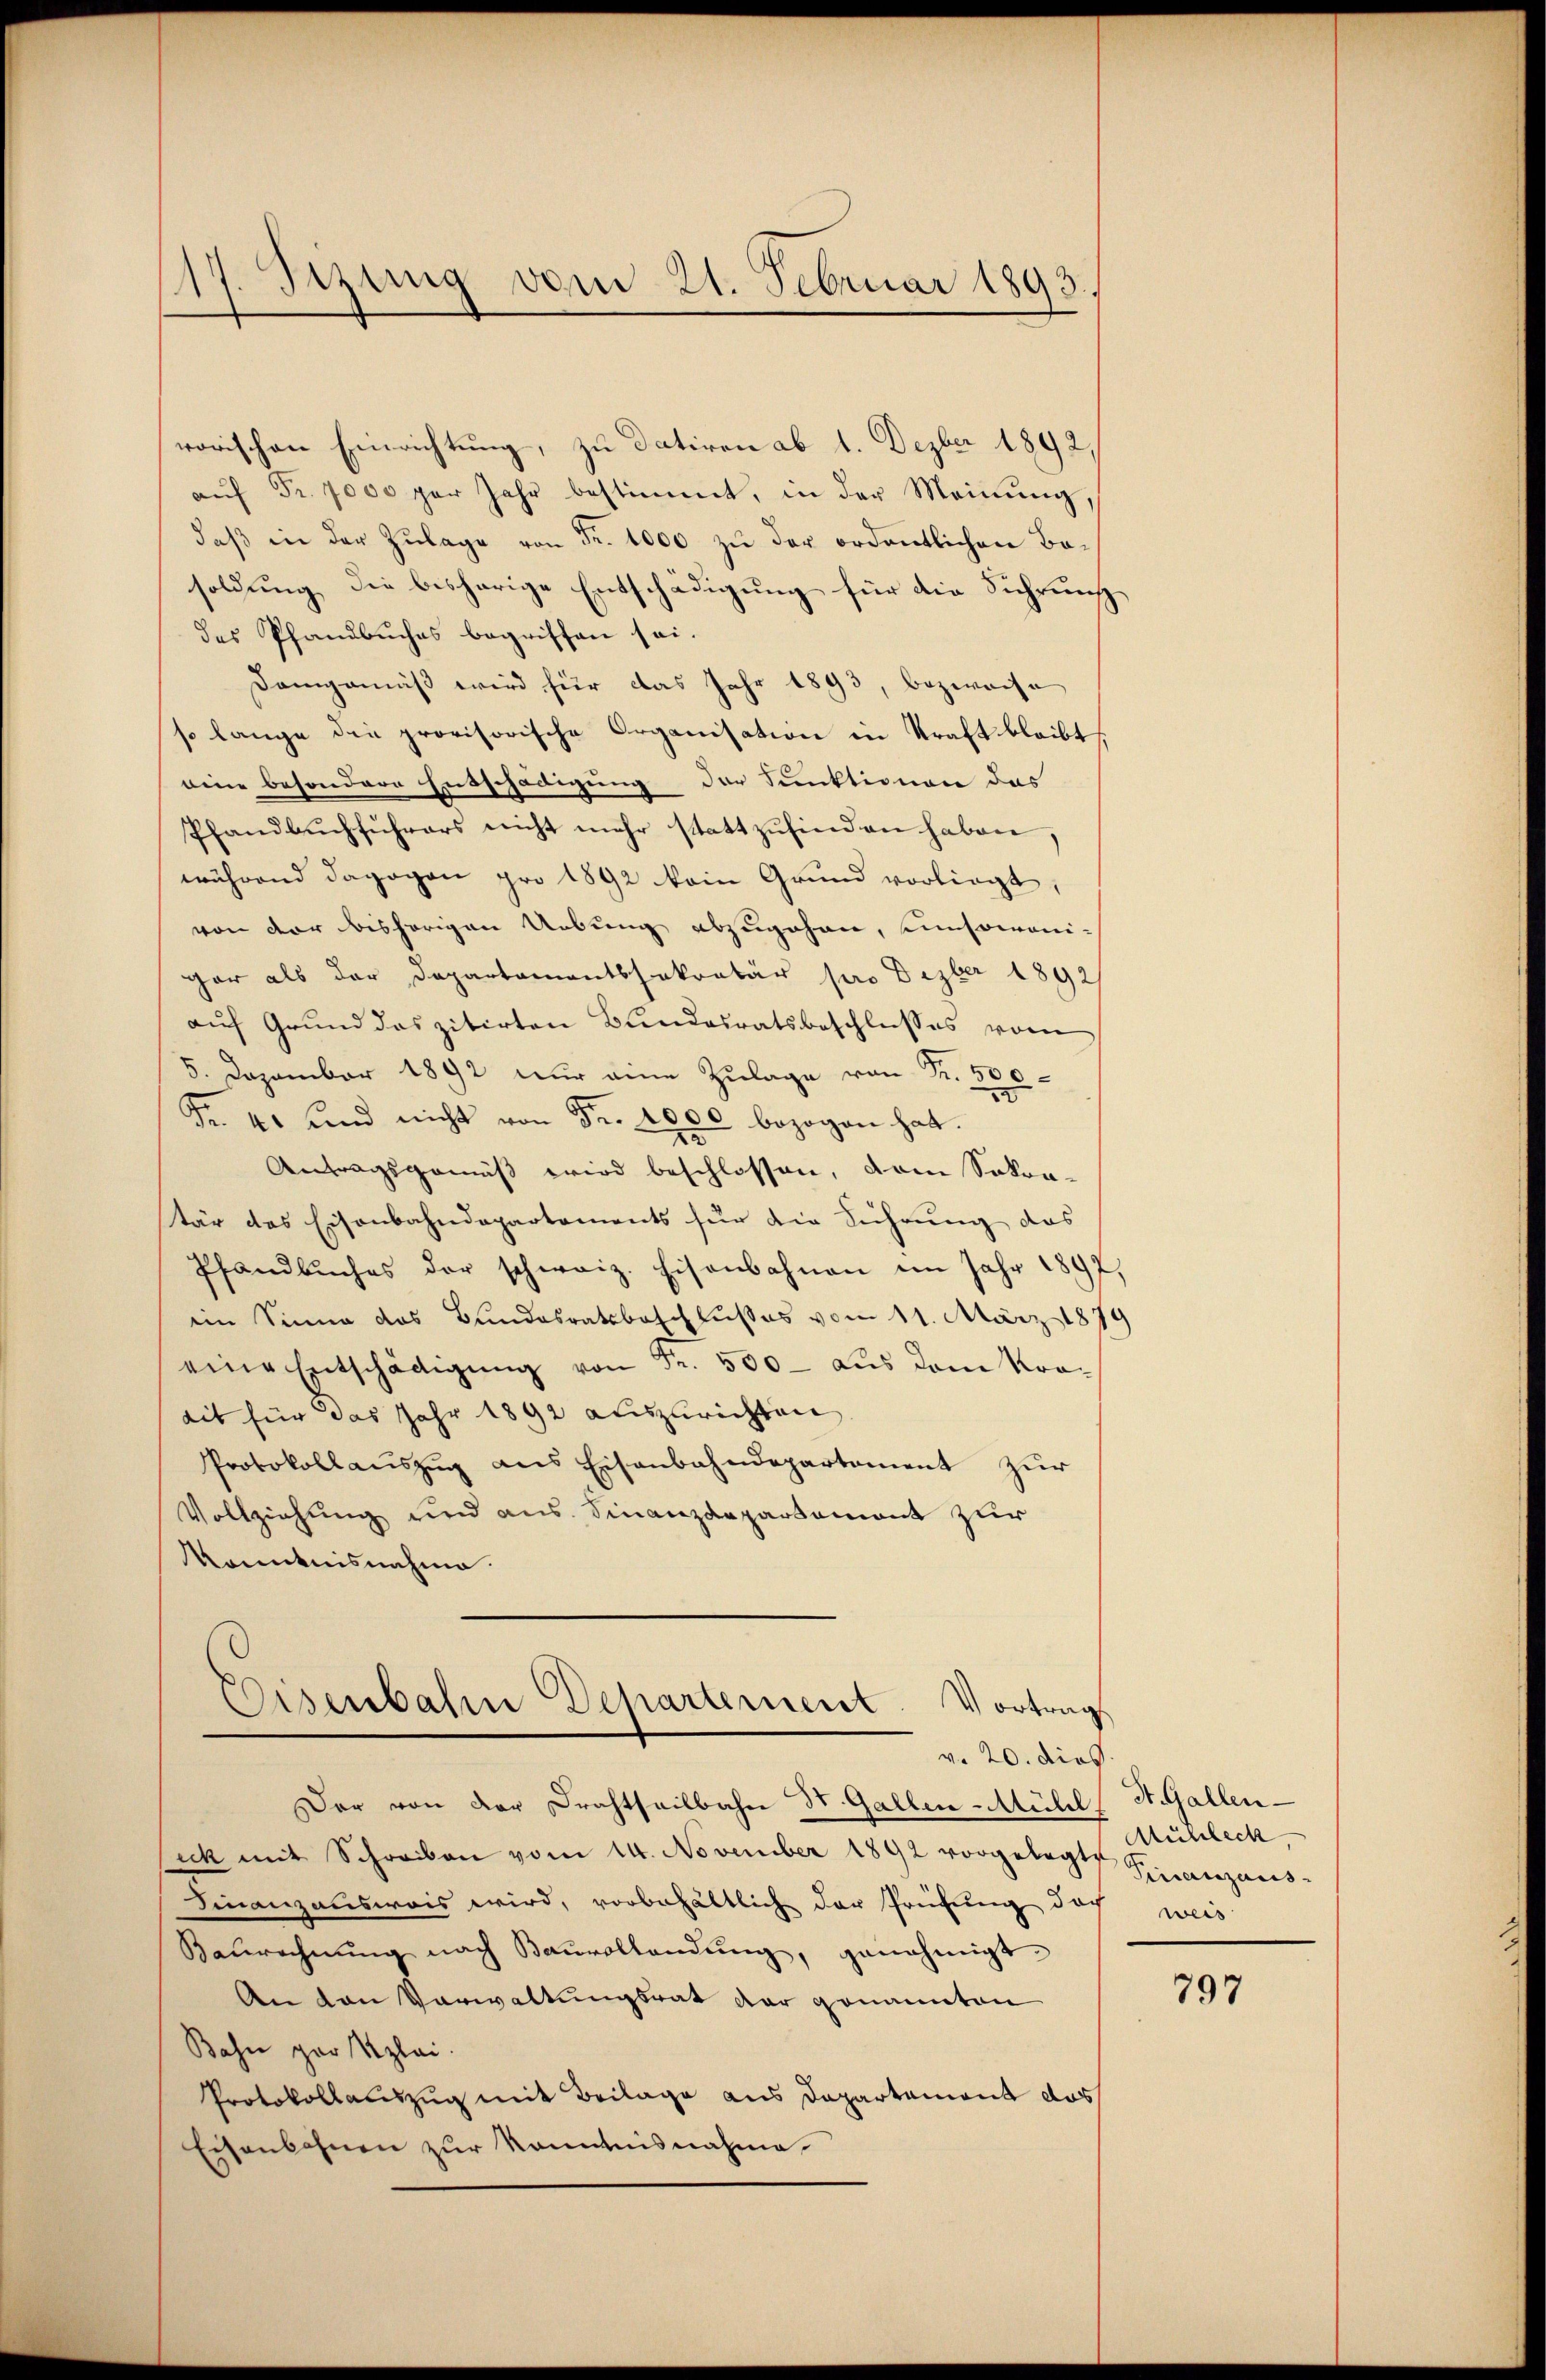
¬
17. Setzung vom 21. Februar 1893.

rorischen Einrichtung, zu datiren ab 1. Dezber 1892.
aŭf Fr. 7000 per Jahr bestimmt, in der Meinung,
daβ in der Zŭlage von Fr. 1000 zu der ordentlichen Ba-
soldung die bisherige Entschädigung für die Sichrung
des Pfandbuches begriffen sei.
Demgemäß wird für das Jahr 1893, bezweife
so lange die provisorische Organisation in Kraft bleibt
eine besondere Entschädigung der Funktionen das
Pfandbuchführers nicht mehr stattzŭfinden haben,
während dagegen pro 1892 ein Grund vorliegt,
von der bisherigen Uebung abzugehen, umsomonigar als der Departamentssekretär pro Dezber 1892/
auf Grund das zitirten Bundesratsbeschlusses vom
5. Dezember 1892 nur eine Zulage von Fr. 500
Fr. 4 und nicht von Fr. 1000 bezogen hat.
e
Antragsgemäß wird beschlossen, dem Sokra-
tär das Eisenbahndepartements für die Führung das
Pfandbuches der schweiz. Eisenbahnen im Jahr 189
ein Sinne das Bundesratsbeschlußes vom 11. März 1879
eine Entschädigŭng von Fr. 500 — aus dem Kradit für das Jahr 1892 auszurichten
Protokollaŭszŭg ans Eisenbahndepartement zŭr
Vollziehung und aus. Finanzdepartement zur
känntnisnahme.
Eisenbahn Departement. Vortrag

v. 20. dies

Der von der Drahtheilbahn St. Gallen-Mühl, St. Gallen-
ich mit Schreiben vom 14. November 1892 vorgelegte Finanzaus¬
Finanzausweis wird, vorbehältlich der Prüfung doch weis
Baurechnung nach Bauvollendung, genehmigt.
An den Verwaltungsrat der genannten
Bahn gar klei
Protokollauszug mit Beilage aus Departament das
Eisenbahnen zur Kenntnisnahme

Muhleck,

797